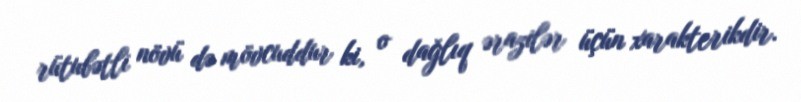
rütubətli növü də mövcuddur ki, o dağlıq ərazilər üçün xarakterikdir.